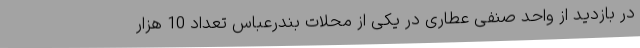
در بازدید از واحد صنفی عطاری در یکی از محلات بندرعباس تعداد 10 هزار